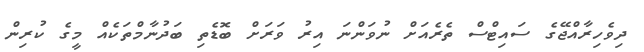
ދިވެހިރާއްޖޭގެ ސައިޓްސް ތެރެއަށް ނުވަންނަ އިރު ވަރަށް ބޮޑެތި ބަދުނާމްތަކެއް މީގެ ކުރިން